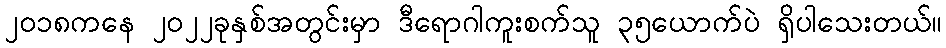
၂၀၁၈ကနေ ၂၀၂၂ခုနှစ်အတွင်းမှာ ဒီရောဂါကူးစက်သူ ၃၅ယောက်ပဲ ရှိပါသေးတယ်။